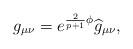
LaTeX: \begin{align*}g_{\mu \nu }=e^{\frac{2}{p+1}\phi }\widehat{g}_{\mu \nu },\end{align*}